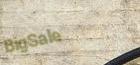
BigSale